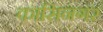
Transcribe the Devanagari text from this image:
कासिनगर